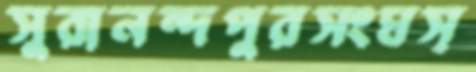
সুরানন্দপুরসংঘস্